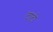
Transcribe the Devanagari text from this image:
टाटी